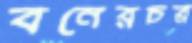
বনেরচর